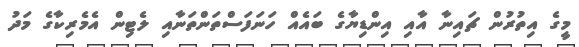
މީގެ އިތުރުން ޗައިނާ އާއި އިންޑިޔާގެ ބައެއް ހަނަފަސްތަންތަނާއި ލެޓިން އެމެރިކާގެ މަދު